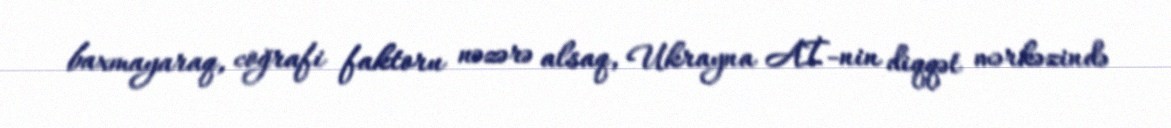
baxmayaraq, coğrafi faktoru nəzərə alsaq, Ukrayna Aİ-nin diqqət mərkəzində